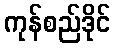
ကုန်စည်ဒိုင်